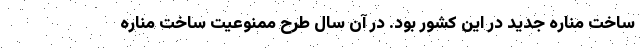
ساخت مناره جدید در این کشور بود. در آن سال طرح ممنوعیت ساخت مناره